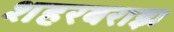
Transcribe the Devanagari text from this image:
शहरबराझ